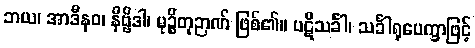
ဘယ၊ အာဒီနဝ၊ နိဗ္ဗိဒါ၊ မုဉ္စိတုဉာဏ် ဖြစ်၏။ ပဋိသင်္ခါ၊ သင်္ခါရုပေက္ခာဖြင့်